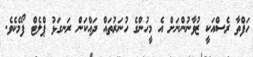
ހަފްތާ ރެސްއަކީ ޒުވާނުންނަށް އެ މީހުންގެ ހުނަރުތައް ދައްކަން ރަނގަޅު ޕްލެޓް ފޯމެކެވެ.